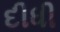
દીધી